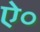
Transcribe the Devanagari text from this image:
ऐ०